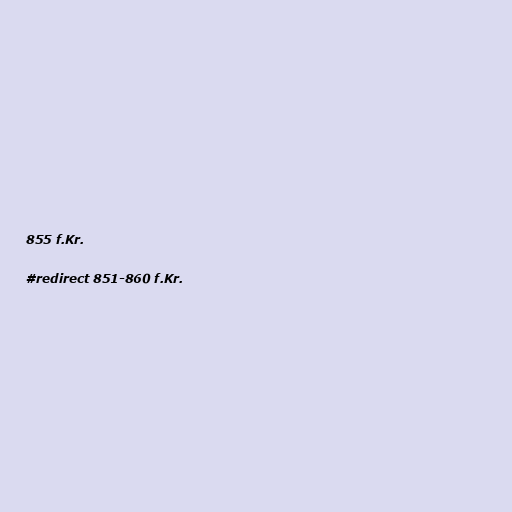
855 f.Kr.

#redirect 851-860 f.Kr.